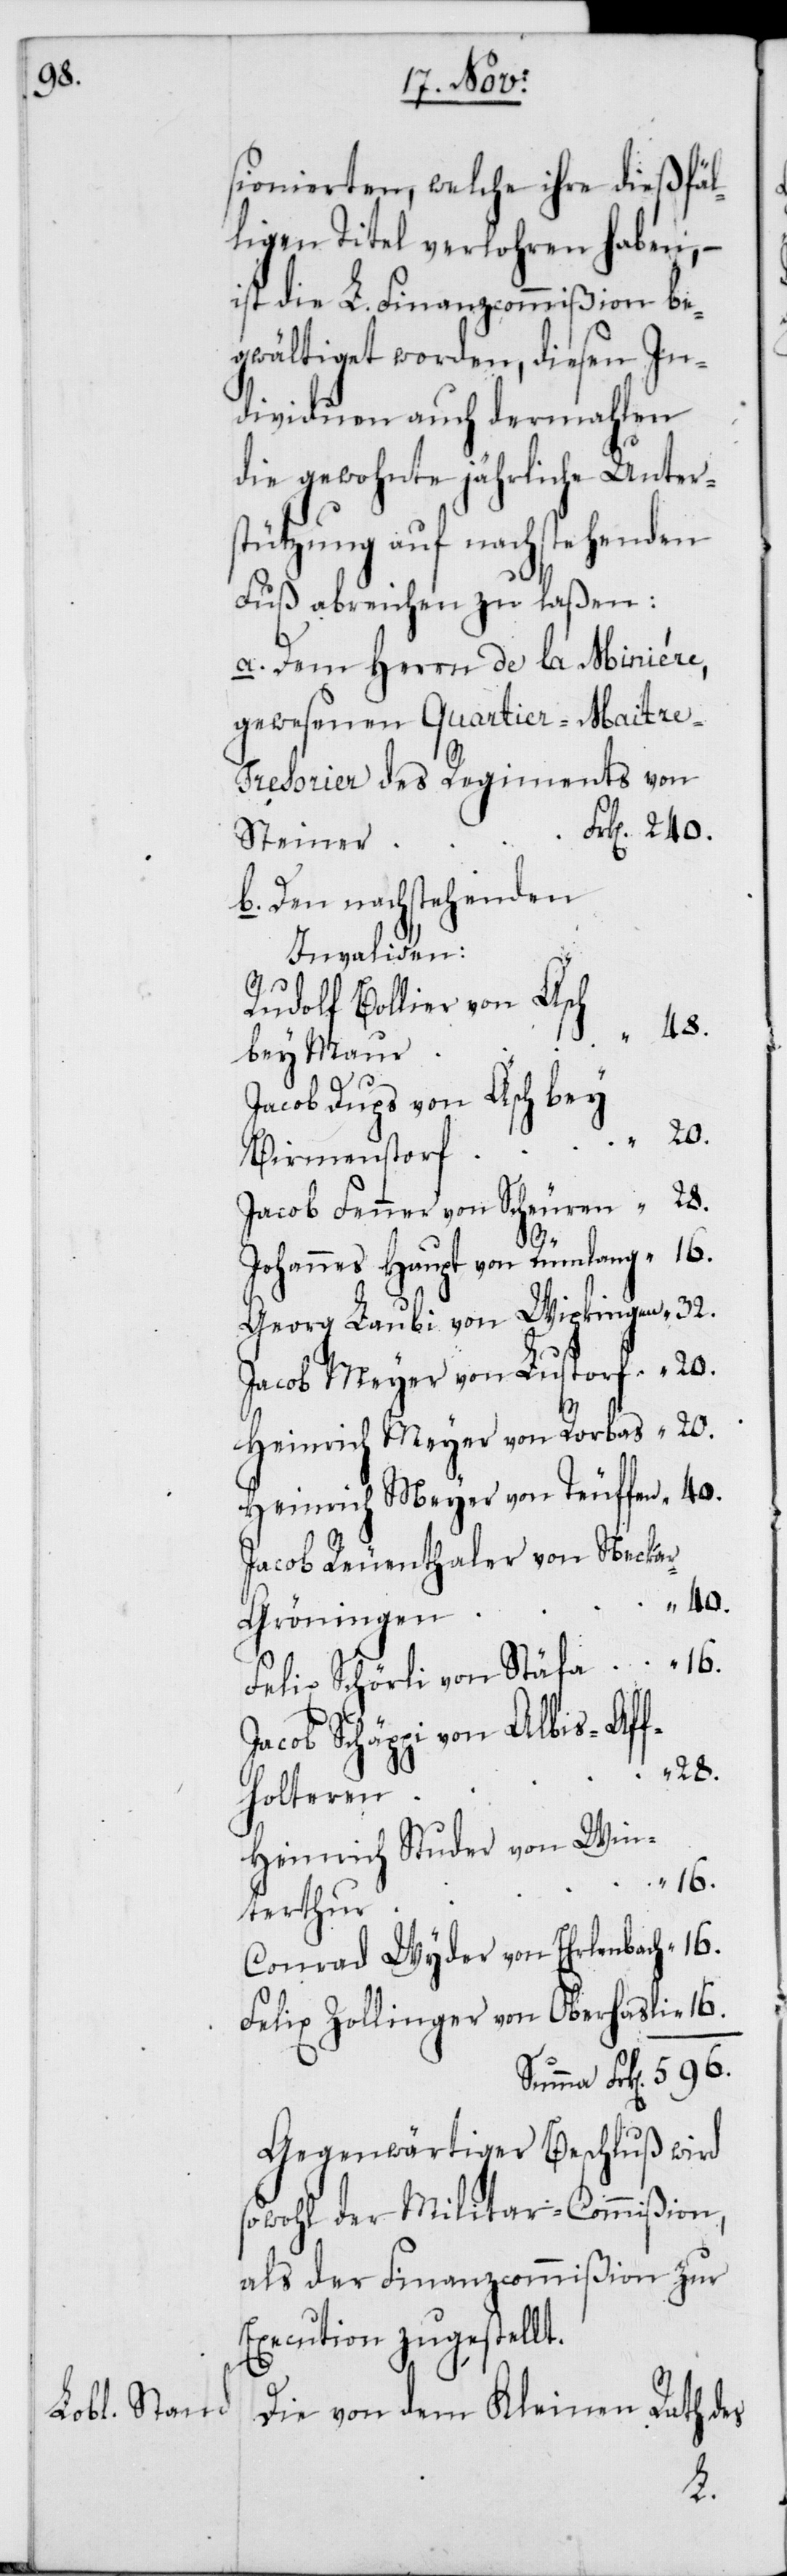
40.

sionierten, welche ihre dießfäl¬
ligen Titel verlohren haben, –
ist die L. Finanzcommißion be¬
gwältiget worden, diesen In¬
dividuen auch dermahlen
die gewohnte jährliche Unters¬
tützung auf nachstehenden
Fuß abreichen zu laßen:
a. Dem Herrn de la Miniére,
gewesenen Quartier-Maitr¬
e-Tresorier des Regiments von
Steiner
b. Den nachstehenden
r-Gröningen
Rudolf Bollier von Äsch
bey Maur
Jacob Dups von Äsch bey
Birmenstorf
Jacob Fenner von Scheuren
Johannes Haupt von Rümlang
Georg Laubi von Wipkingen
Jacob Meyer von Lustorf
Heinrich Meyer von Rorbas
Heinrich Meyer von Teuffen
Jacob Reuenthaler von Necka¬
Felix Schörli von Stäfa
Jacob Schäppi von Albis-Aff¬
28.
holtern
Heinrich Studer von Win¬
16.
terthur
Conrad Wyder von Ehrlenbach
Felix Zollinger von Oberhasli
Gegenwärtiger Beschluß wird
sowohl der Militar-Commißion,
als der Finanzcommißion zur
Execution zugestellt.
Die von dem Kleinen Rath des
32.